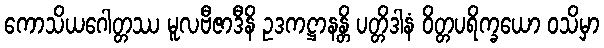
ကောသိယဂေါတ္တဿ မူလဗီဇာဒီနိ ဥဒကဋ္ဌာနန္တိ ပတ္တိဒါနံ ဝိတ္တပရိက္ခယော ဝသိမှာ